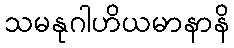
သမနုဂါဟိယမာနာနိ